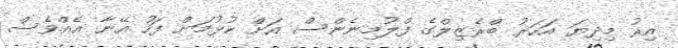
އިރު މިދިޔަ އަހަރު ބްރެޒިލްގެ ފްލުމިނެންސް އަށް ކުޅުމަށް ފަހު އޭނާ އެއްވެސް